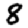
Digit: 8